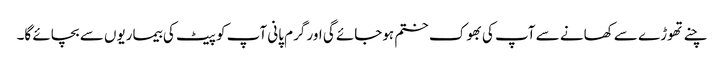
چنے تھوڑے سے کھانے سے آپ کی بھوک ختم ہوجائے گی اور گرم پانی آپ کو پیٹ کی بیماریوں سے بچائے گا۔